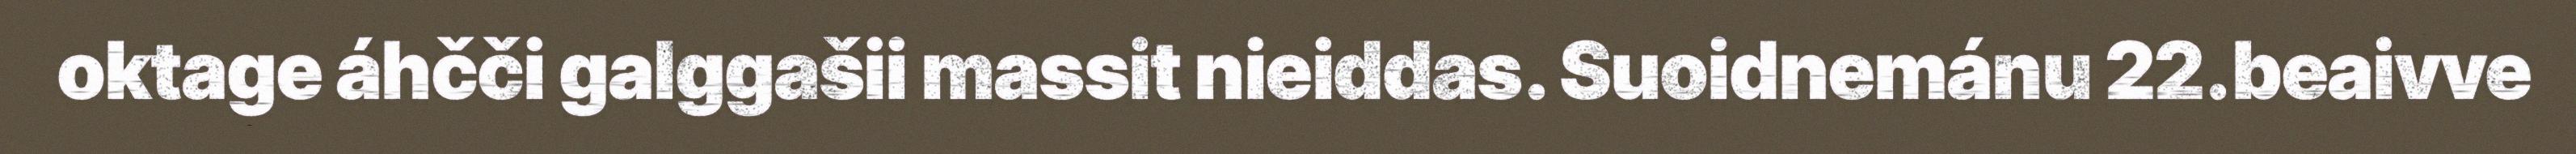
oktage áhčči galggašii massit nieiddas. Suoidnemánu 22.beaivve